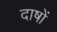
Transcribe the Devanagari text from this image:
दाषों